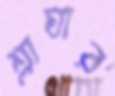
শ্লাঘার